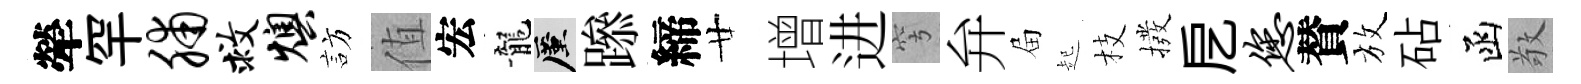
犖罕脯救燠訪值宏龍厪𨅶締廿增进穹弁屇起枝撥戹您賛放砧函敬